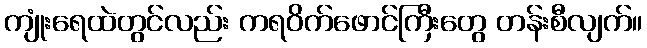
ကျုံးရေထဲတွင်လည်း ကရဝိက်ဖောင်ကြီးတွေ တန်းစီလျက်။